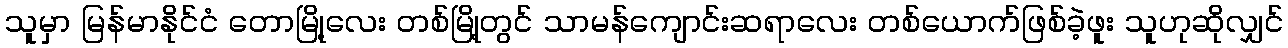
သူမှာ မြန်မာနိုင်ငံ တောမြို့လေး တစ်မြို့တွင် သာမန်ကျောင်းဆရာလေး တစ်ယောက်ဖြစ်ခဲ့ဖူး သူဟုဆိုလျှင်